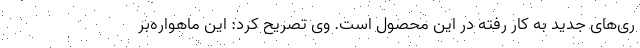
ری‌های جدید به کار رفته در این محصول است. وی تصریح کرد: این ماهواره‌بر